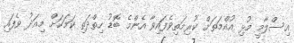
އިސްލާމީ މުޅި އުއްމަތަށް ކުރިމަތިވެފައިވާ އެންމެ ބޮޑު ހިތްދަތި ކަމަކަށް މިއަދު ވެފައި